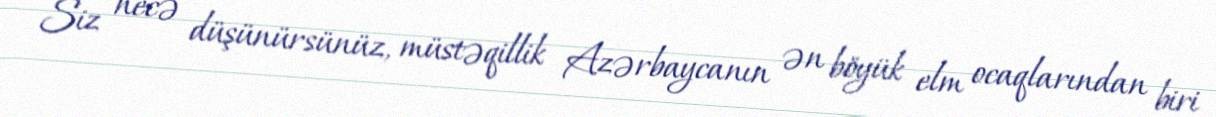
Siz necə düşünürsünüz, müstəqillik Azərbaycanın ən böyük elm ocaqlarından biri